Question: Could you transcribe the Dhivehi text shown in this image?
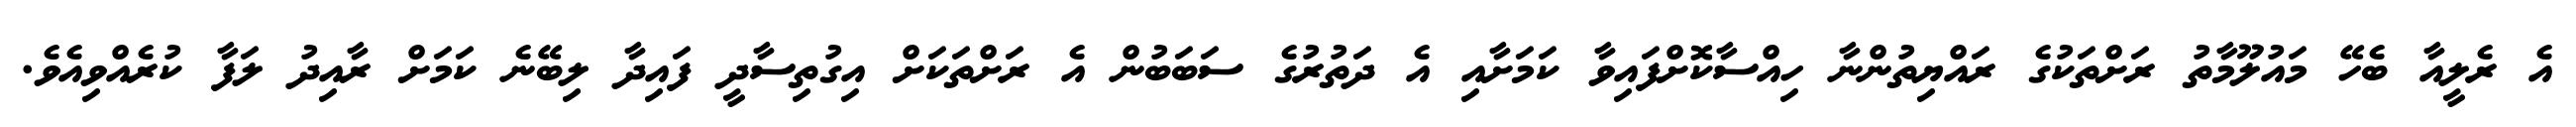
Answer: އެ ރެލީއާ ބެހޭ މައުލޫމާތު ރަށްތަކުގެ ރައްޔިތުންނާ ހިއްސާކޮށްފައިވާ ކަމަށާއި އެ ދަތުރުގެ ސަބަބުން އެ ރަށްތަކަށް އިގުތިސާދީ ފައިދާ ލިބޭނެ ކަމަށް ރާއިދު ލަފާ ކުރެއްވިއެވެ.